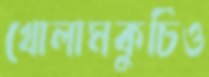
খোলামকুচিও